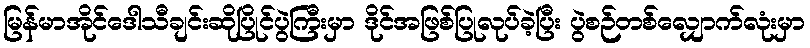
မြန်မာအိုင်ဒေါသီချင်းဆိုပြိုင်ပွဲကြီးမှာ ဒိုင်အဖြစ်ပြုလုပ်ခဲ့ပြီး ပွဲစဉ်တစ်လျှောက်လုံးမှာ